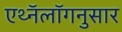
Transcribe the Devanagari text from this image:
एथ्नॅलॉगनुसार